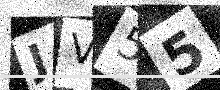
Text: JV55